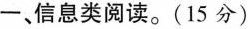
一、信息类阅读。(15分)